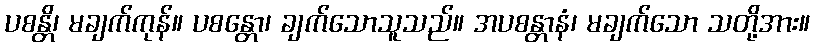
ပစန္တိ၊ မချက်ကုန်။ ပစန္တော၊ ချက်သောသူသည်။ အပစန္တာနံ၊ မချက်သော သတို့အား။